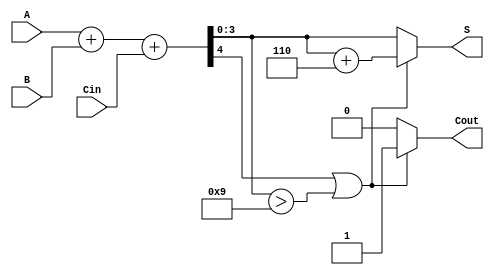
module BCD_Adder (
    input [3:0] A,      // First BCD digit
    input [3:0] B,      // Second BCD digit
    input Cin,          // Carry-in bit
    output reg [3:0] S, // BCD Sum output
    output reg Cout     // Carry-out bit
);

    wire [4:0] Sum;     // 5-bit sum to accommodate carry
    wire correction;     // Signal to indicate if correction is needed

    // Binary addition of A, B and Cin
    assign Sum = A + B + Cin;

    // Determine if correction is needed (if Sum > 9)
    assign correction = (Sum[4] || (Sum[3:0] > 4'b1001));

    always @(*) begin
        if (correction) begin
            // Apply correction by adding 6 (0110)
            S = Sum[3:0] + 4'b0110;
            Cout = 1'b1;  // Set carry-out
        end else begin
            S = Sum[3:0];  // No correction needed
            Cout = 1'b0;   // No carry-out
        end
    end

endmodule